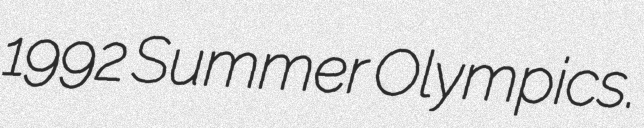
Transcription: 1992 Summer Olympics.